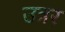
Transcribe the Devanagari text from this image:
उत्रर